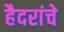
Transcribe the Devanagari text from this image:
हैदरांचे